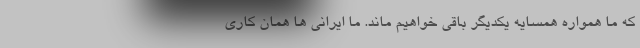
که ما همواره همسایه یکدیگر باقی خواهیم ماند. ما ایرانی ها همان کاری